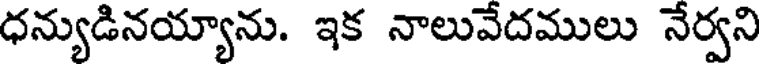
ధన్యుడినయ్యాను. ఇక నాలువేదములు నేర్వని